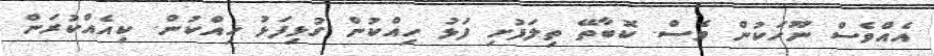
އެއްވެސް ނޫހަކުން ވެސް. ކޮބާތޭ ތިލަފުށި ފަޅު ހިއްކުން ގުޅިފަޅު ހިއްކުން. ކިއެއްކުރަން